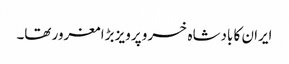
ایران کا بادشاہ خسرو پرویز بڑا مغرور تھا۔